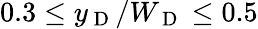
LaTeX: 0.3\leq y_{\mathrm{~D~}}/W_{\mathrm{~D~}}\leq 0.5